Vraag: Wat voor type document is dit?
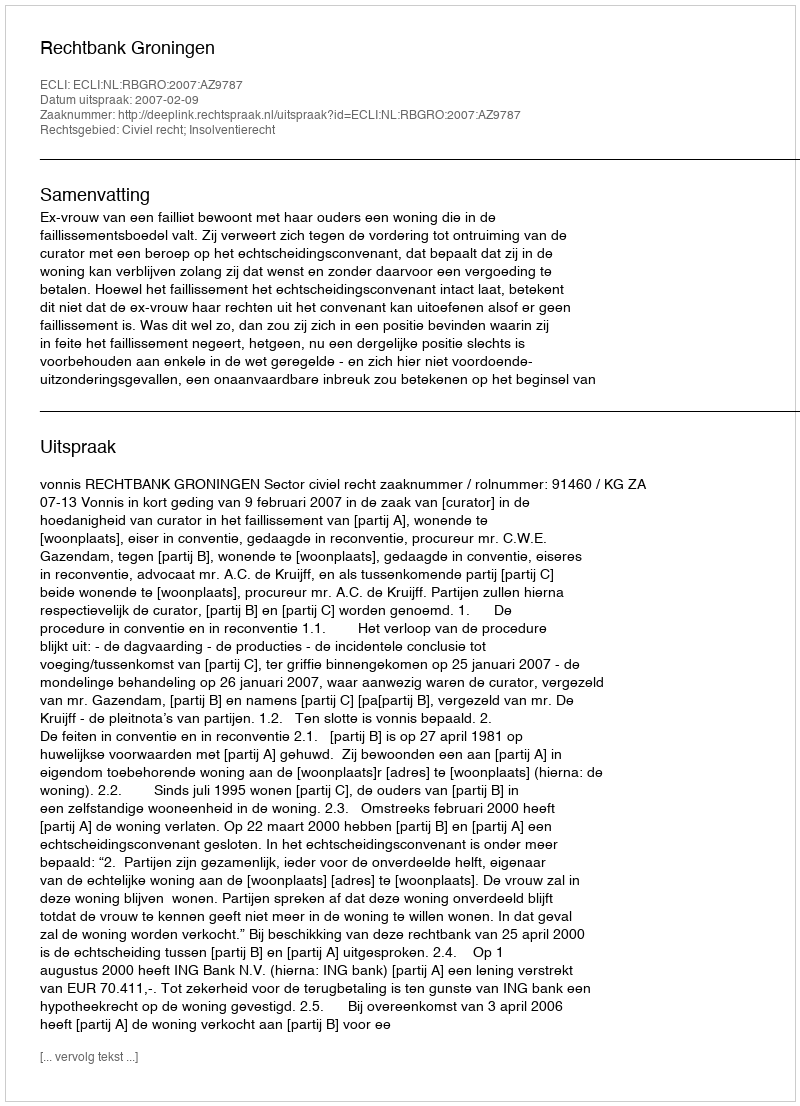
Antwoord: Uitspraak